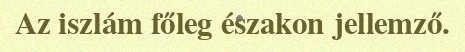
Az iszlám főleg északon jellemző.